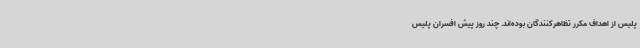
پلیس از اهداف مکرر تظاهرکنندگان بوده‌اند. چند روز پیش افسران پلیس